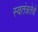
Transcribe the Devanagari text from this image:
स्वतंत्रतेचे